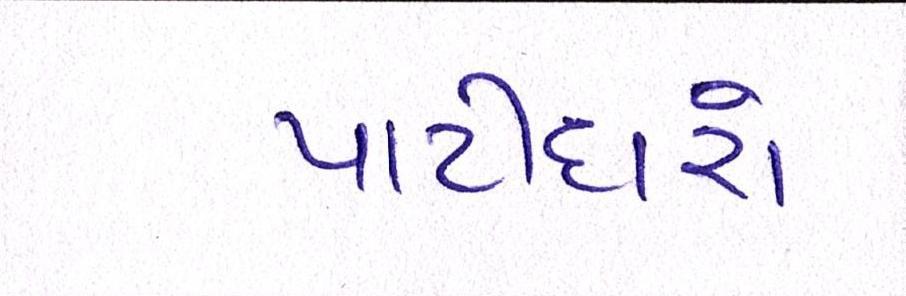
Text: પાટીદારો